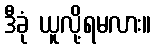
ဒီခုံ ယူလို့ရမလား။